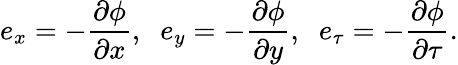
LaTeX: e_{x}=-\frac{\partial\phi}{\partial x},\; \; e_{y}=-\frac{\partial\phi}{\partial y},\; \; e_{\tau}=-\frac{\partial\phi}{\partial\tau}.